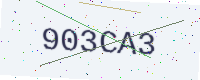
Text: 903CA3